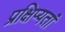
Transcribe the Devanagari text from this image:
प्रक्षिप्यतां